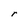
Character: r